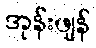
အုန်းဖျန်